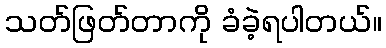
သတ်ဖြတ်တာကို ခံခဲ့ရပါတယ်။